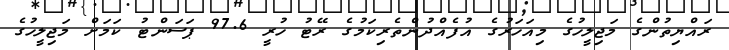
ރައްޔިތުންގެ މަޖިލީހުގެ މިއަހަރުގެ އުފެއްދުންތެރިކަމުގެ ރޭޓު ހުރީ 97.6 ޕަސަންޓު ކަމަށް މަޖިލީހުގެ